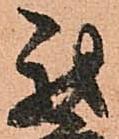
我